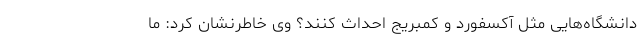
دانشگاه‌هایی مثل آکسفورد و کمبریج احداث کنند؟ وی خاطرنشان کرد: ما